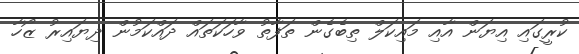
ކުރީގައި އިޔަން އާއި މައިކަލް ތިބެގެން ތަފާތު ވާހަކަތައް ދައްކަމުން ދިޔައިރު ޒޯހާ